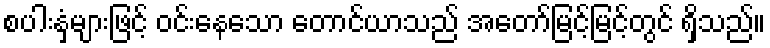
စပါးနှံများဖြင့် ဝင်းနေသော တောင်ယာသည် အတော်မြင့်မြင့်တွင် ရှိသည်။